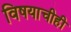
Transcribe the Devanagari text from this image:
विषयाचीही